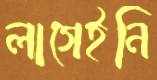
লাগেইনি